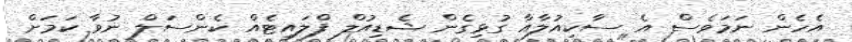
އެހެން ނަމަވެސް އެ ސާކިއުލާއާ ގުޅިގެން ޝެޑިއުލް ފްލައިޓެއް ކެންސަލް ނުވާ ކަމަށް